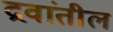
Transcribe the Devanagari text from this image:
द्रवांतील